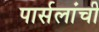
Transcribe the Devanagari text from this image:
पार्सलांची